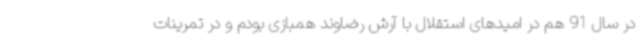
در سال 91 هم در امیدهای استقلال با آرش رضاوند همبازی بودم و در تمرینات